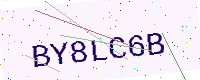
Text: BY8LC6B